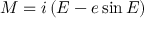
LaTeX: M = i \left( E - e \sin E \right)